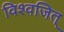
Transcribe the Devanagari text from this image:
विश्वजित्‌